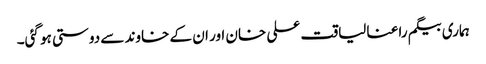
ہماری بیگم راعنا لیاقت علی خان اور ان کے خاوند سے دوستی ہو گئی۔